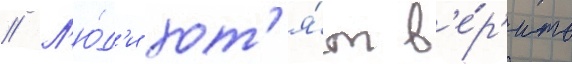
// Л'ю́д'и хот'я́т в'е́р'ить